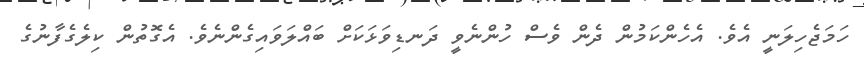
ހަމަޖެހިލަނީ އެވެ. އެހެންކަމުން ދެން ވެސް ހުންނެވީ ދަނޑިވަޅަކަށް ބައްލަވައިގެންނެވެ. އެގޮތުން ކިލެގެފާނުގެ